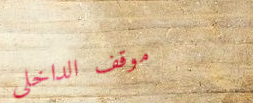
موقف الداخلي